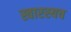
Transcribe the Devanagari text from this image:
स्वारस्यच